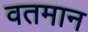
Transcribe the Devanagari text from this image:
वतमान